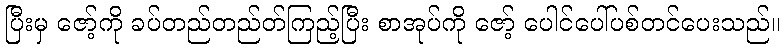
ပြီးမှ ဇော့်ကို ခပ်တည်တည်တ်ကြည့်ပြီး စာအုပ်ကို ဇော့် ပေါင်ပေါ်ပစ်တင်ပေးသည်။